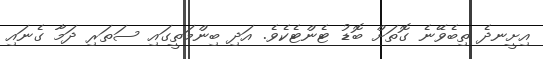
އިށީނދެ ތިބެވޭނެ ގޮތަށް ބޮޑު ޓެންޓެކެވެ. އަދި ބިންމަތީގައި ސަތަރި ދަމާ ގެނައި